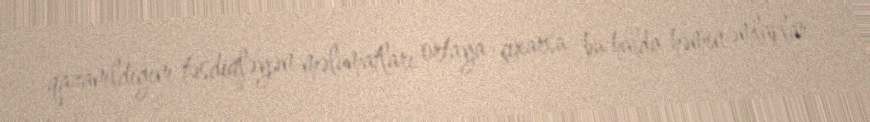
qazanıldığını təsdiqləyən məlumatları ortaya çıxarsa, bu halda həmin əmlaklar